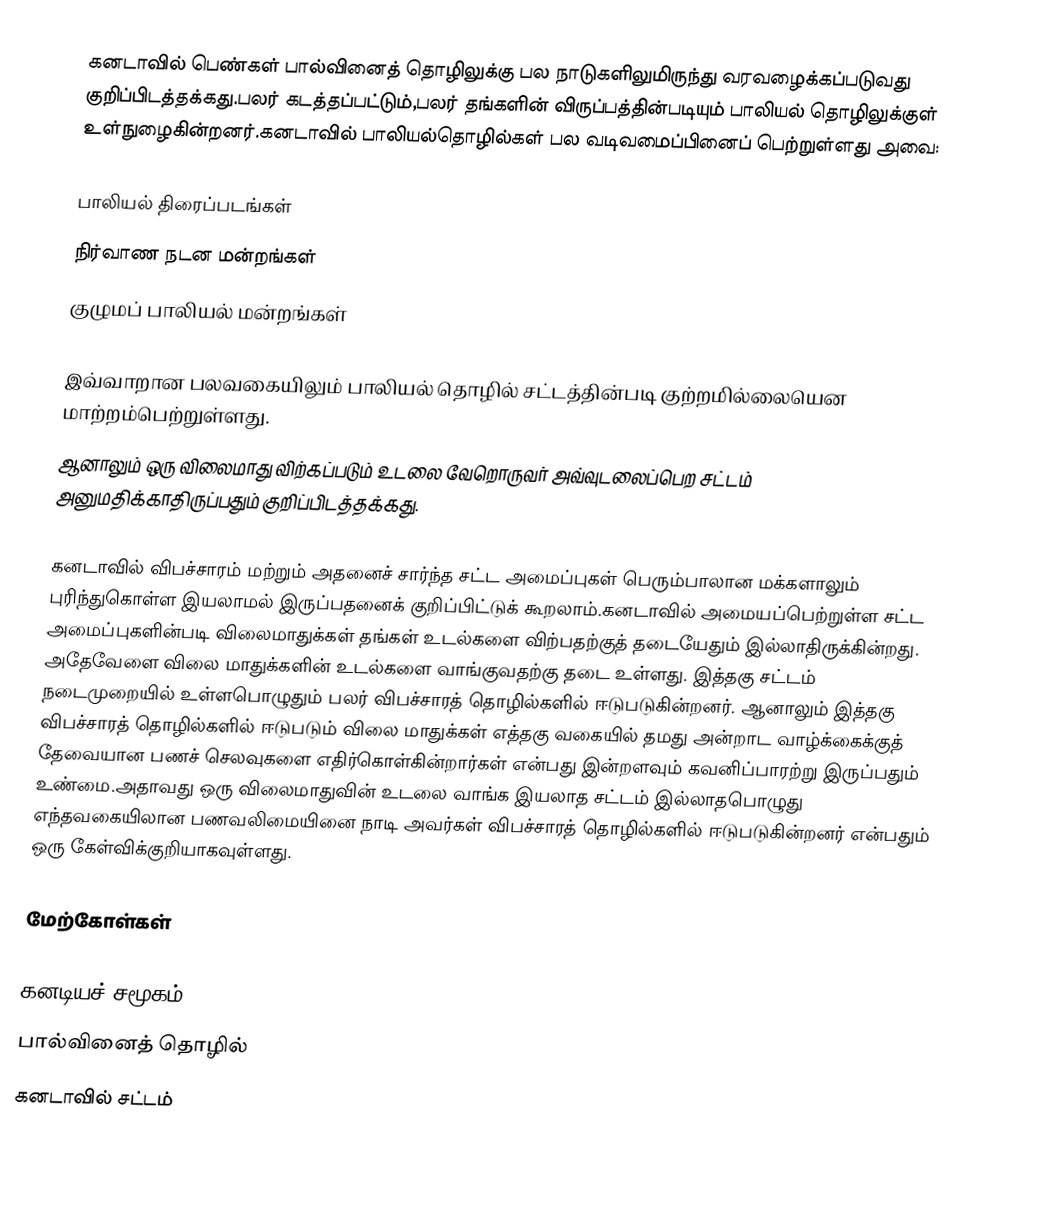
கனடாவில் பெண்கள் பால்வினைத் தொழிலுக்கு பல நாடுகளிலுமிருந்து வரவழைக்கப்படுவது குறிப்பிடத்தக்கது.பலர் கடத்தப்பட்டும்,பலர் தங்களின் விருப்பத்தின்படியும் பாலியல் தொழிலுக்குள் உள்நுழைகின்றனர்.கனடாவில் பாலியல்தொழில்கள் பல வடிவமைப்பினைப் பெற்றுள்ளது அவை:

பாலியல் திரைப்படங்கள்
நிர்வாண நடன மன்றங்கள்
குழுமப் பாலியல் மன்றங்கள்

இவ்வாறான பலவகையிலும் பாலியல் தொழில் சட்டத்தின்படி குற்றமில்லையென மாற்றம்பெற்றுள்ளது.
ஆனாலும் ஒரு விலைமாது விற்கப்படும் உடலை வேறொருவர் அவ்வுடலைப்பெற சட்டம் அனுமதிக்காதிருப்பதும் குறிப்பிடத்தக்கது.

கனடாவில் விபச்சாரம் மற்றும் அதனைச் சார்ந்த சட்ட அமைப்புகள் பெரும்பாலான மக்களாலும் புரிந்துகொள்ள இயலாமல் இருப்பதனைக் குறிப்பிட்டுக் கூறலாம்.கனடாவில் அமையப்பெற்றுள்ள சட்ட அமைப்புகளின்படி விலைமாதுக்கள் தங்கள் உடல்களை விற்பதற்குத் தடையேதும் இல்லாதிருக்கின்றது. அதேவேளை விலை மாதுக்களின் உடல்களை வாங்குவதற்கு தடை உள்ளது. இத்தகு சட்டம் நடைமுறையில் உள்ளபொழுதும் பலர் விபச்சாரத் தொழில்களில் ஈடுபடுகின்றனர். ஆனாலும் இத்தகு விபச்சாரத் தொழில்களில் ஈடுபடும் விலை மாதுக்கள் எத்தகு வகையில் தமது அன்றாட வாழ்க்கைக்குத் தேவையான பணச் செலவுகளை எதிர்கொள்கின்றார்கள் என்பது இன்றளவும் கவனிப்பாரற்று இருப்பதும் உண்மை.அதாவது ஒரு விலைமாதுவின் உடலை வாங்க இயலாத சட்டம் இல்லாதபொழுது எந்தவகையிலான பணவலிமையினை நாடி அவர்கள் விபச்சாரத் தொழில்களில் ஈடுபடுகின்றனர் என்பதும் ஒரு கேள்விக்குறியாகவுள்ளது.

மேற்கோள்கள்

கனடியச் சமூகம்
பால்வினைத் தொழில்
கனடாவில் சட்டம்